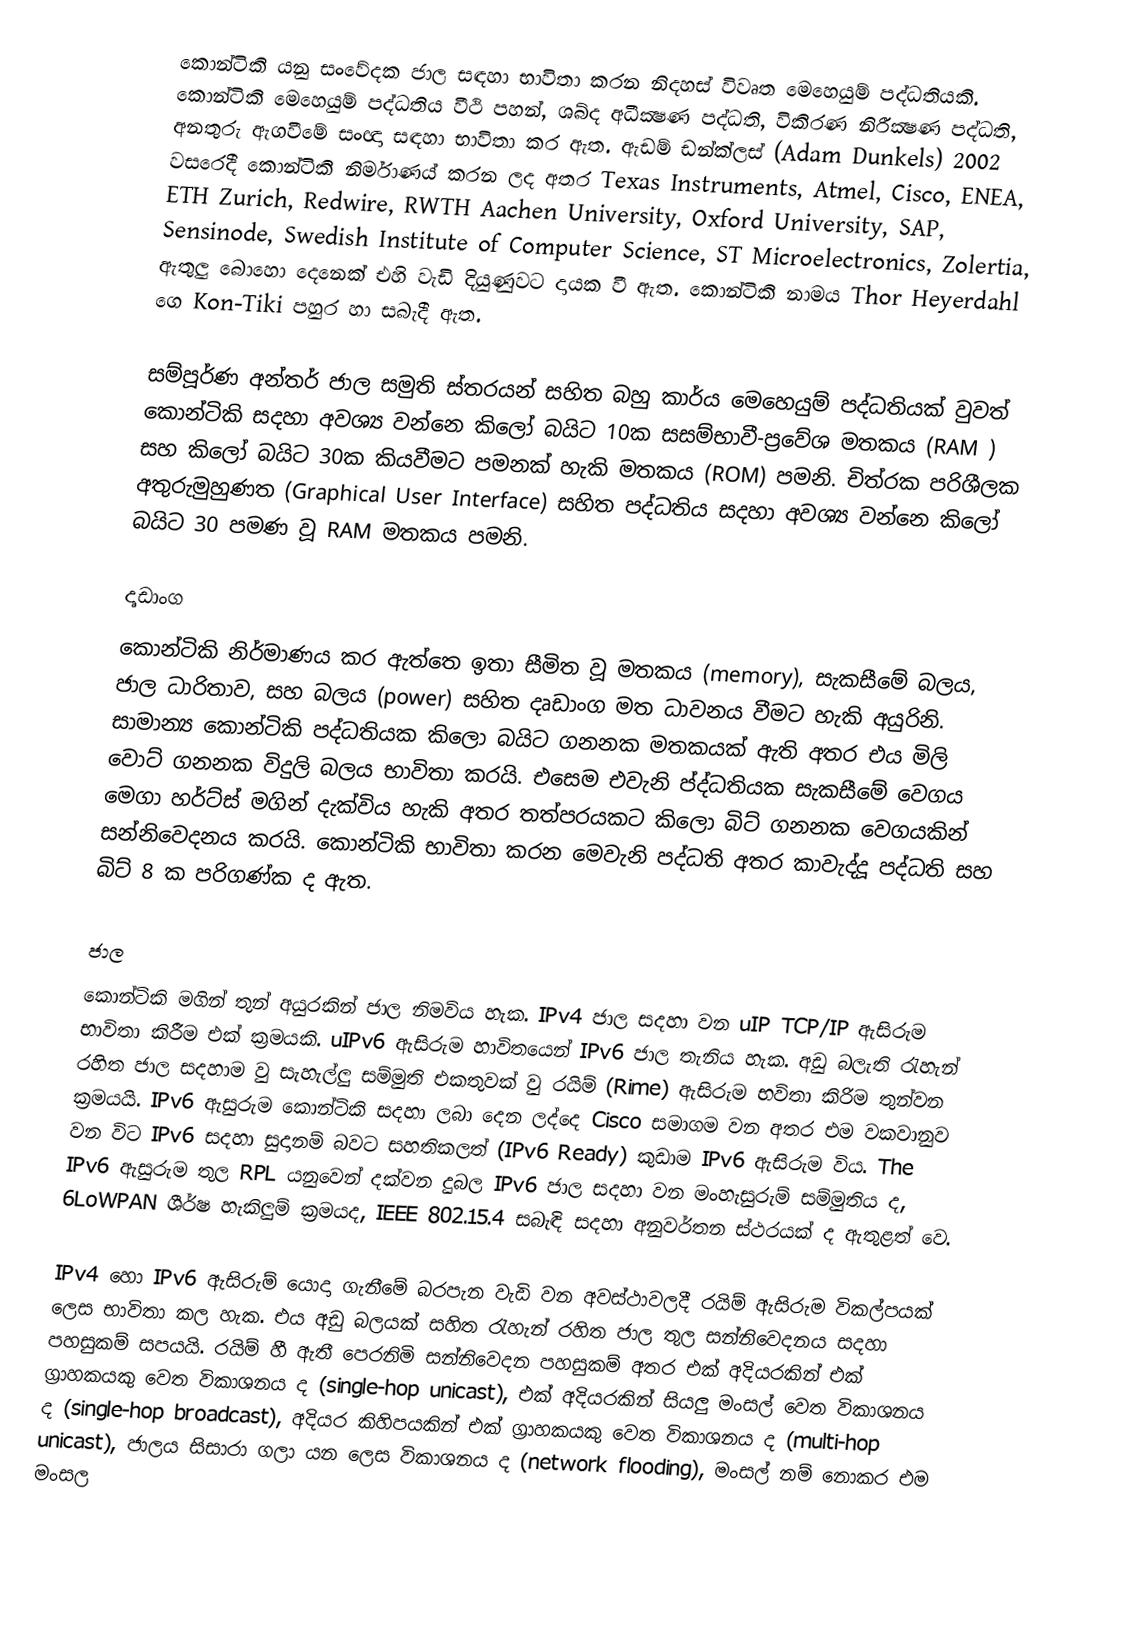
කොන්ටිකි යනු සංවේදක ජාල සඳහා භාවිතා කරන නිදහස් විවෘත මෙහෙයුම් පද්ධතියකි. කොන්ටිකි මෙහෙයුම් පද්ධතිය වීථි පහන්, ශබ්ද අධීක්‍ෂණ පද්ධති, විකිරණ නිරීක්‍ෂණ පද්ධති, අනතුරු ඇගවීමේ සංඥා සඳහා භාවිතා කර ඇත​. ඇඩම් ඩන්ක්ලස් (Adam Dunkels)  2002 වසරෙදී කොන්ටිකි නිර්මාණය් කරන ලද අතර Texas Instruments, Atmel, Cisco, ENEA, ETH Zurich, Redwire, RWTH Aachen University, Oxford University, SAP, Sensinode, Swedish Institute of Computer Science, ST Microelectronics, Zolertia, ඇතුලු බොහො දෙනෙක් එහි වැඩි දියුණුවට දායක වී ඇත. කොන්ටිකි නාමය Thor Heyerdahl ගෙ Kon-Tiki පහුර හා සබැදී ඇත.

සම්පූර්ණ අන්තර් ජාල සමුති ස්තරයන් සහිත බහු කාර්ය මෙහෙයුම් පද්ධතියක් වුවත් කොන්ටිකි සදහා අවශ්‍ය වන්නෙ කිලෝ බයිට 10ක සසම්භාවී-ප්‍රවේශ මතකය (RAM )  සහ කිලෝ බයිට 30ක කියවීමට පමනක් හැකි මතකය (ROM) පමනි. චිත්රක පරිශීලක අතුරුමුහුණත (Graphical User Interface) සහිත පද්ධතිය සදහා අවශ්‍ය වන්නෙ කිලෝ බයිට 30 පමණ වූ  RAM මතකය පමනි.

දෘඩාංග
කොන්ටිකි නිර්මාණය කර ඇත්තෙ ඉතා සීමිත වූ මතකය (memory), සැකසීමේ බලය, ජාල ධාරිතාව, සහ බලය (power) සහිත දෘඩාංග මත ධාවනය වීමට හැකි අයුරිනි. සාමාන්‍ය කොන්ටිකි පද්ධතියක කිලො බයිට ගනනක මතකයක් ඇති අතර එය මිලි වොට් ගනනක විදුලි බලය භාවිතා කරයි. එසෙම එවැනි ප්ද්ධතියක සැකසීමේ වෙගය මෙගා හර්ට්ස් මගින් දැක්විය හැකි අතර තත්පරයකට කිලො බිට් ගනනක වෙගයකින් සන්නිවෙදනය කරයි. කොන්ටිකි භාවිතා කරන මෙවැනි පද්ධති අතර කාවැද්දූ  පද්ධති සහ බිට් 8 ක පරිගණ්ක ද ඇත.

ජාල
කොන්ටිකි මගින් තුන් අයුරකින් ජාල නිමවිය හැක. IPv4 ජාල සදහා වන uIP TCP/IP ඇසිරුම භාවිතා කිරීම එක් ක්‍රමයකි. uIPv6 ඇසිරුම හාවිතයෙන් IPv6 ජාල තැනිය හැක. අඩු බලැති රැහැන් රහිත ජාල සදහාම වු සැහැල්ලු සම්මුති එකතුවක් වු රයිම් (Rime) ඇසිරුම භවිතා කිරිම තුන්වන ක්‍රමයයි. IPv6 ඇසුරුම කොන්ටිකි සදහා ලබා දෙන ලද්දෙ Cisco සමාගම වන අතර එම වකවානුව වන විට IPv6 සදහා සුදානම් බවට සහතිකලත් (IPv6 Ready) කුඩාම IPv6 ඇසිරුම විය. The IPv6 ඇසුරුම තුල  RPL යනුවෙන් දක්වන දුබල IPv6 ජාල සදහා වන මංහැසුරුම් සම්මුතිය ද,    6LoWPAN ශීර්ෂ හැකිලුම් ක්‍රමයද,   IEEE 802.15.4 සබැඳි සදහා අනුවර්තන ස්ථරයක් ද ඇතුළත් වෙ.

IPv4 හො IPv6 ඇසිරුම් යොදා ගැනීමේ බරපැන වැඩි වන අවස්ථාවලදී රයිම් ඇසිරුම විකල්පයක් ලෙස භාවිතා කල හැක. එය අඩු බලයක් සහිත රැහැන් රහිත ජාල තුල සන්නිවෙදනය සදහා පහසුකම් සපයයි. රයිම් හී ඇතී පෙරනිමි සන්නිවෙදන පහසුකම් අතර එක් අදියරකින් එක් ග්‍රාහකයකු වෙත විකාශනය ද (single-hop unicast), එක් අදියරකින් සියලු මංසල් වෙත විකාශනය ද (single-hop broadcast), අදියර කිහිපයකින් එක් ග්‍රාහකයකු වෙත විකාශනය ද (multi-hop unicast), ජාලය සිසාරා ගලා යන ලෙස විකාශනය ද (network flooding), මංසල් නම් නොකර එම මංසල